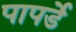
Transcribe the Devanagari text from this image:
पापर्डे